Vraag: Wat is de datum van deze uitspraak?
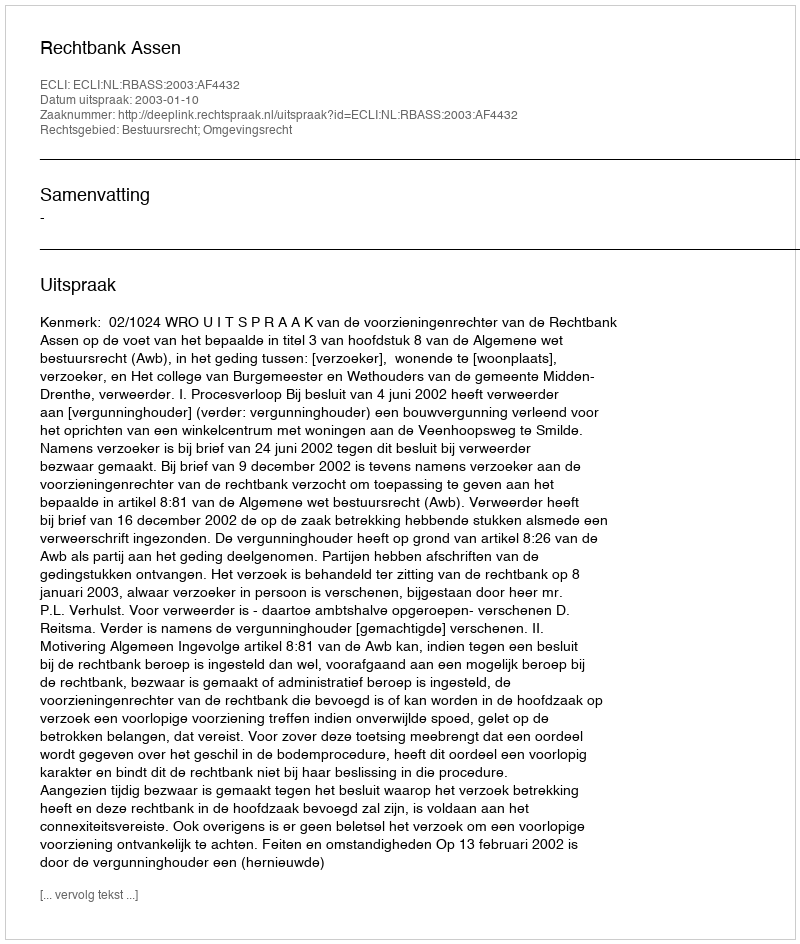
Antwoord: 2003-01-10